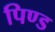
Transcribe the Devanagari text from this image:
पिण्‍ड